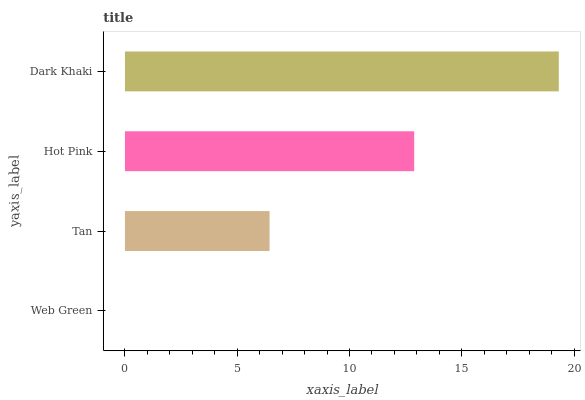
| yaxis_label | bars |
 | --- | --- |
 | Web Green | 0 |
 | Tan | 6.44 |
 | Hot Pink | 12.9 |
 | Dark Khaki | 19.3 |